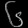
Digit: ၆